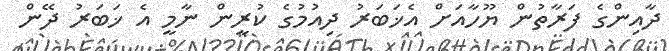
ދާއިންގެ ފަރާތުން ޔޫހާއަށް އެޚަބަރު ދިއުމުގެ ކުރީން ނާމީ އެ ޚަބަރު ދޭން